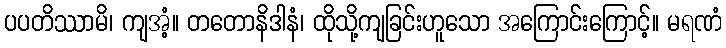
ပပတိဿာမိ၊ ကျအံ့။ တတောနိဒါနံ၊ ထိုသို့ကျခြင်းဟူသော အကြောင်းကြောင့်။ မရဏံ